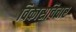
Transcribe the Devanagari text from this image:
विकासविचार